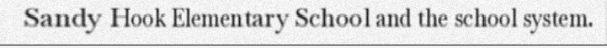
Sandy Hook Elementary School and the school system.